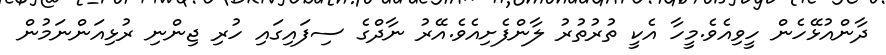
ދާންއުޅޭހެން ހީވިއެވެ.މީހާ އެކީ ތުރުތުރު ލާންފެށިއެވެ.އޭރު ނާދްގެ ސިފައިގައި ހުރި ޖިންނި ރުޅިއަންނަމުން